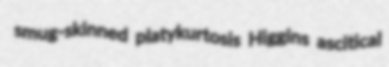
smug-skinned platykurtosis Higgins ascitical